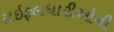
રાઇફલધારીઓની